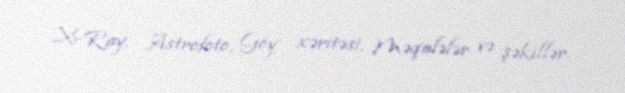
X-Ray, Astrofoto, Göy xəritəsi, Məqalələr və şəkillər.